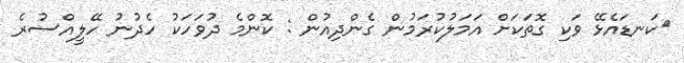
ކަނޑައެޅޭ ވަކި ގޮތަކަށް އަމަލުކުރަމުން ގެންދިއުން : ކޮންމެ ދުވަހަކު ހެދުނު ހޭލީއްސުރެ